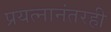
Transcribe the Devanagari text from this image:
प्रयत्नानंतरही